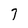
Character: 7